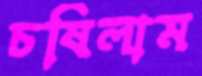
চষিলাম